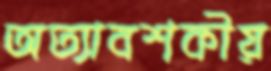
অত্যাবশকীয়